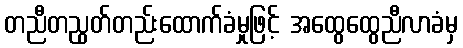
တညီတညွတ်တည်းထောက်ခံမှုဖြင့် အထွေထွေညီလာခံမှ